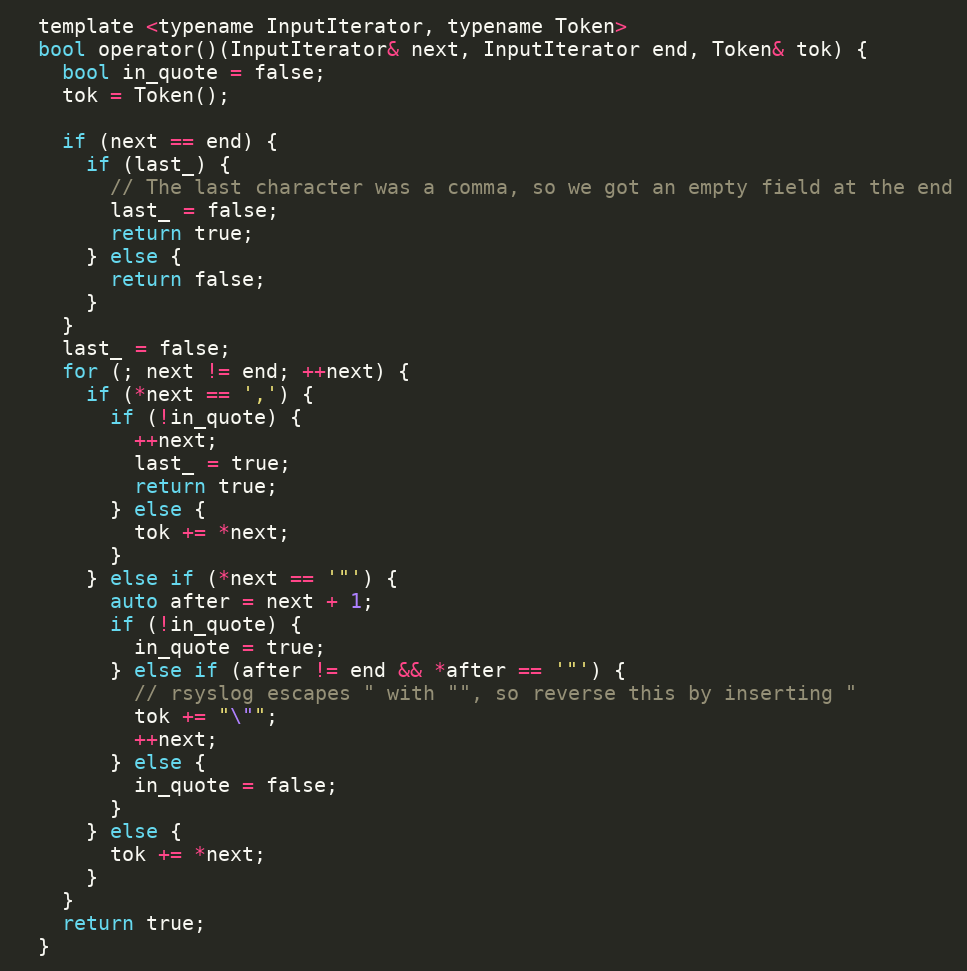
Language: C
  template <typename InputIterator, typename Token>
  bool operator()(InputIterator& next, InputIterator end, Token& tok) {
    bool in_quote = false;
    tok = Token();

    if (next == end) {
      if (last_) {
        // The last character was a comma, so we got an empty field at the end
        last_ = false;
        return true;
      } else {
        return false;
      }
    }
    last_ = false;
    for (; next != end; ++next) {
      if (*next == ',') {
        if (!in_quote) {
          ++next;
          last_ = true;
          return true;
        } else {
          tok += *next;
        }
      } else if (*next == '"') {
        auto after = next + 1;
        if (!in_quote) {
          in_quote = true;
        } else if (after != end && *after == '"') {
          // rsyslog escapes " with "", so reverse this by inserting "
          tok += "\"";
          ++next;
        } else {
          in_quote = false;
        }
      } else {
        tok += *next;
      }
    }
    return true;
  }